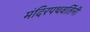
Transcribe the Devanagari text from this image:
मंदिरपथवर्तिनी